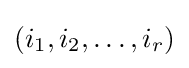
(i_{1},i_{2},\dots ,i_{r})